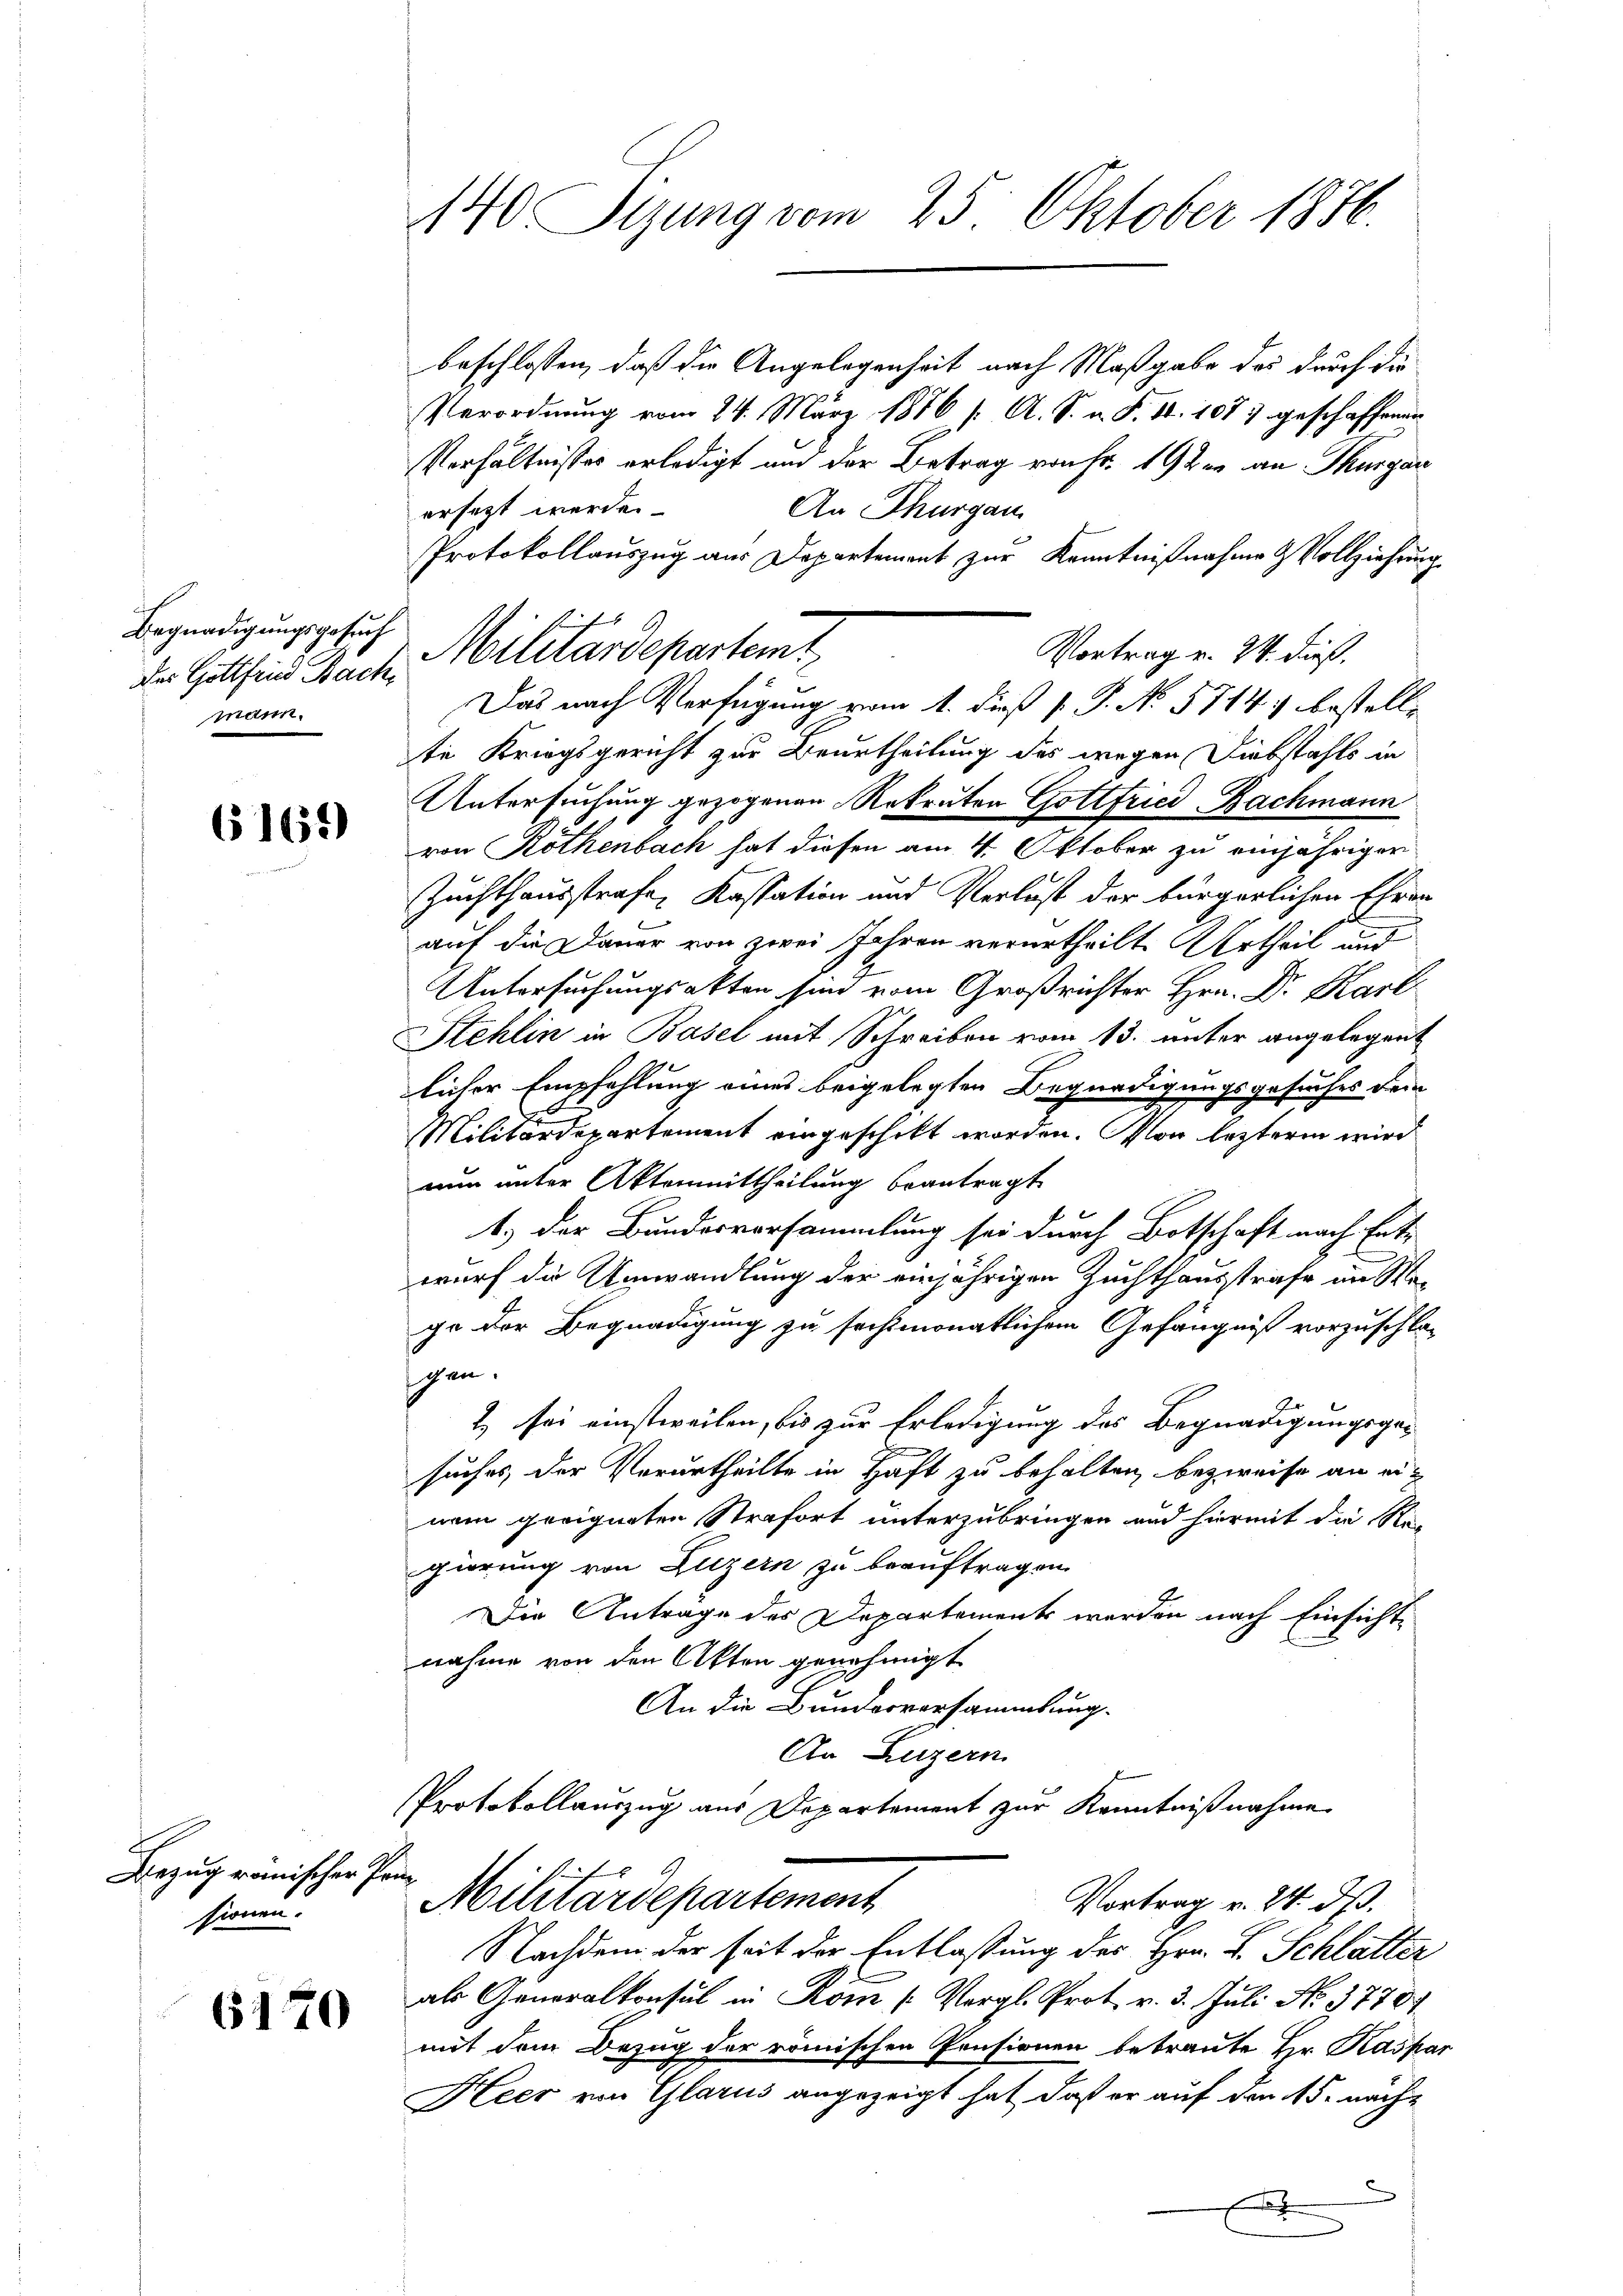
Begnadigungsgesuch
mann.

6169)

Bezug römischen Pan
sionen.

610

140 Sizung vom 25. Oktober 1886

Der Gottfind Bach Militärdepartemt

beschlossen, daß die Angelegenheit nach Maßgabe des durch die
Verordnung vom 24. März 1886 [ A. S. v. P. 11. 107) geschaffenen
Verhältnisses erledigt und der Betrag von Fr. 19ten an Thurgau
ersetzt werden.
An Thurgau
Protokollauszug aus Departemont zur Kenntnißnahme & Vollziehung
Vortrag v. 24. dieß,
Das nach Verfügung vom 1. dieß P. P. N. 5714, bestelle
te Kriegsgericht zur Beurtheilung des wegen Diebstahls in
Untersuchung gezogenen Rekruten Gottfried Bachmann
von Rothenbach hat diesen am 4. Oktober zu einjährigen
Zuchthausstrafe, Kassation und Verlust der bürgerlichen Ehren
auf die Dauer von zwei Jahren verurtheilt. Urtheil und
Untersuchungsakten sind vom Großrichter Hrn. Dr. Karl
Stehlin in Basel mit Schreiben vom 13. unter angelegent
licher Empfehlung eines beigelegten Begnadigungsgesuches dem
Militärdepartement eingeschikt worden. Von lezteren wird
nun unter Aktenmittheilung beantragt.
1.) Der Bundesvorsammlung sei durch Botschaft nach Ent-
wurf die Umwandlung der einjährigen Zuchthausstrafe im Wege der Begnadigung zu sechsmonatlichem Gefängniß vorzuschlagen.
2) sei einstweilen, bis zur Erledigung des Begnadigungsge¬
.
suches der Verurtheilte in Haft zu behalten, bezweife an einem geeigneten Strafort unterzubringen und hiermit die Re-
gierung von Luzern zu beauftragen.
Die Anträge des Departements werden nach Einsichte
nahme von den Akten genehmigt
An die Bunderversammlung
An Luzern
Protokollauszug aus Departement zur Kenntnißnahme

Militärdepartement
Vortrag v. 24. ds.

Nachdem der seit der Entlassung des Hrn. F. Schlatter
als Generalkonsul in Rom (Vergl. Prot. v. 3. Juli No 3770.
mit dem Bezug der römischen Pensionen betraute Hr. Kaspar
Heer von Glarus angezeigt hat, daß er auf den 15. nach¬
6
x